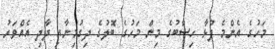
މަހުގެ އެންމެ ފުޅާ ހިސާބުގެ މިން މަހުގެ ބޮލުގެ ދިގުމިނާއި ދާދި އެއްވަރު